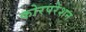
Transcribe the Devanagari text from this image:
कोरपरेशन